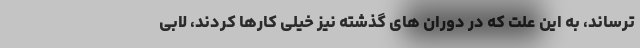
ترساند، به این علت که در دوران های گذشته نیز خیلی کارها کردند، لابی